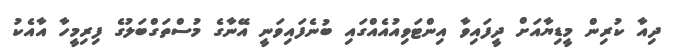
ދިއާ ކުރިން މީޑިޔާއަށް ދީފައިވާ އިންޓަވިއުއެއްގައި ބުނެފައިވަނީ އޭނާގެ މުސްތަގްބަލުގެ ފިރިމީހާ އާއެކު